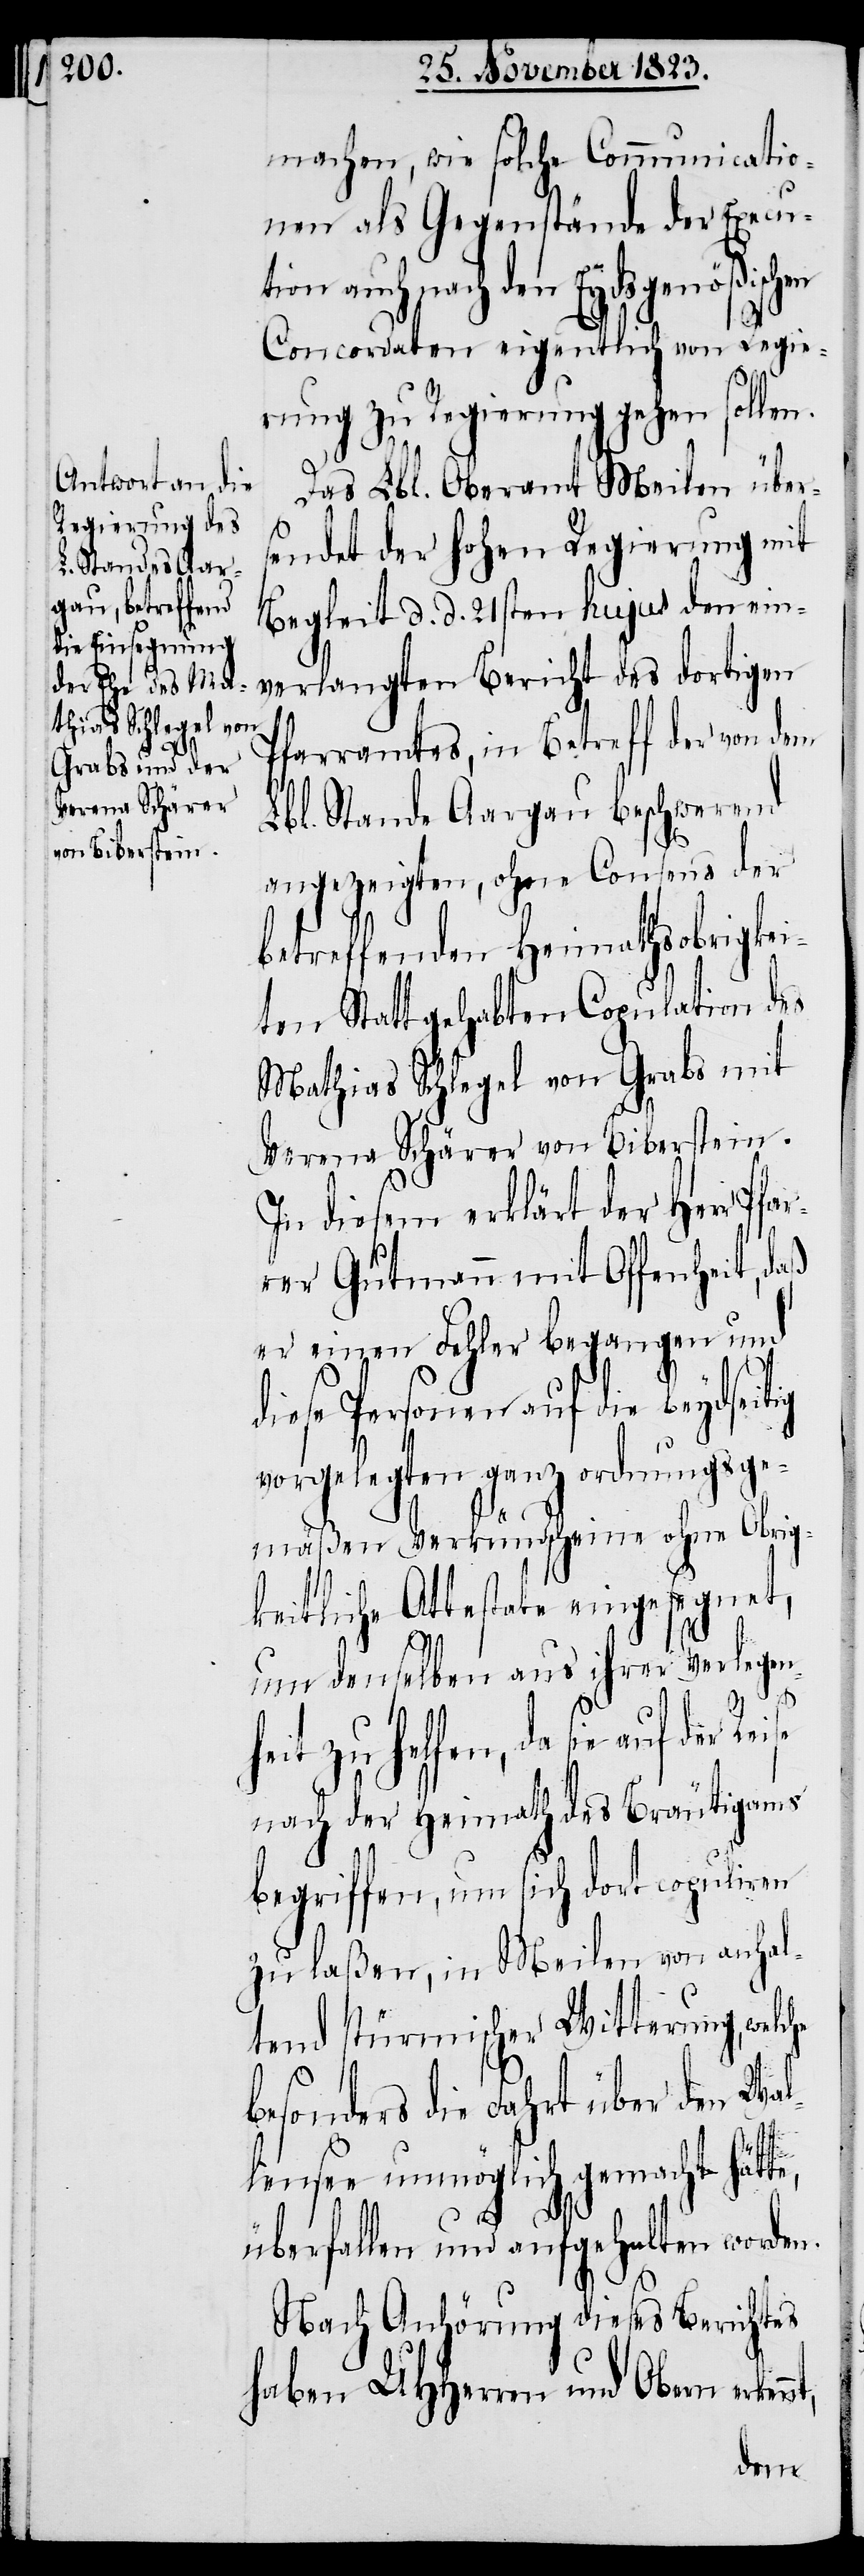
machen, wie solche Communicatio¬
nen als Gegenstände der Execut¬
ion auch nach den Eydsgenößischen
Concordaten eigentlich von Regie¬
rung zu Regierung gehen sollen.
Das Lbl. Oberamt Meilen übers¬
endet der hohen Regierung mit
Begleit d. d. 21sten hujus den ein¬
verlangten Bericht des dortigen
Pfarramtes, in Betreff der von dem
Lbl. Stande Aargau beschwerend
angezeigten, ohne Consens der
betreffenden Heimathsobrigke¬
iten Statt gehabten Copulation des
Mathias Schlegel von Grabs mit
Verena Schärer von Biberstein.
In diesem erklärt der Herr Pfar¬
rer Gutmann mit Offenheit, daß
er einen Fehler begangen und
diese Personen auf die beydseitig
vorgelegten ganz ordnungsge¬
mäßen Verkündscheine ohne Obrig¬
keitliche Attestate eingesegnet,
um denselben aus ihrer Verlegen¬
e,
heit zu helfen, da sie auf der
nach der Heimath des Bräutigams
begriffen, um sich dort copuliren
zu laßen, in Meilen von anhal¬
tend stürmischer Witterung, welche
besonders die Fahrt über den Wa¬
llensee unmöglich gemacht hätt¬
überfallen und aufgehalten worden.
Nach Anhörung dieses Berichtes
haben UHHerren und Obern er¬
kennt,